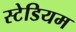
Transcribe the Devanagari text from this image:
स्‍टेडियम